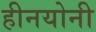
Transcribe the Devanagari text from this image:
हीनयोनी